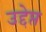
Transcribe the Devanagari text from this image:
उद्देप्त